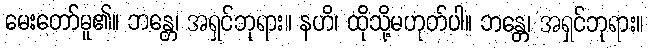
မေးတော်မူ၏။ ဘန္တေ၊ အရှင်ဘုရား။ နဟိ၊ ထိုသို့မဟုတ်ပါ။ ဘန္တေ၊ အရှင်ဘုရား။